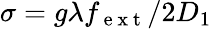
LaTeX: \sigma=g\lambda f_{\mathrm{~e~x~t~}}/2D_{1}